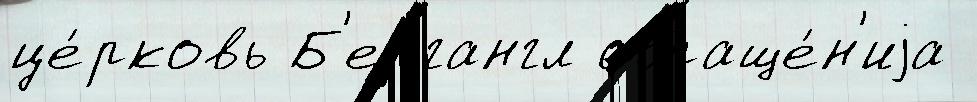
це́рковь Б'ергангл обраще́н'иjа